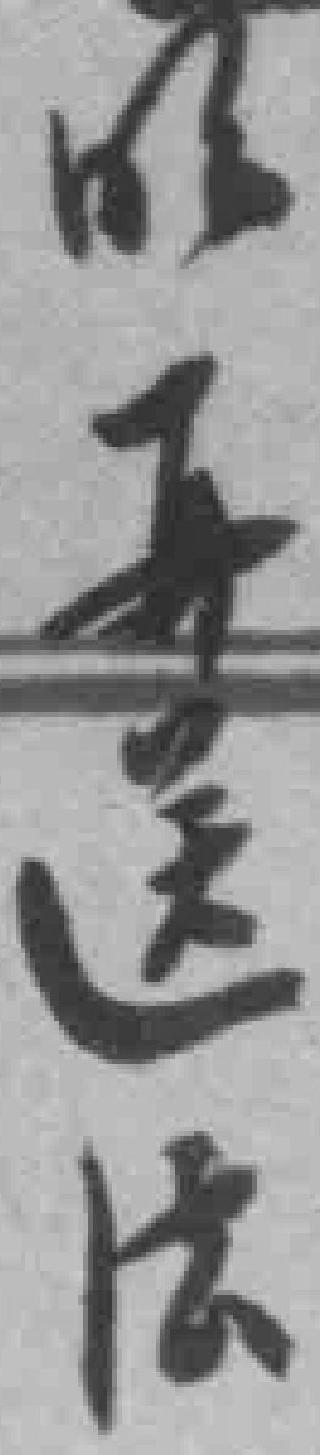
明再送法